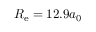
R _ { \mathrm { e } } = 1 2 . 9 a _ { 0 }